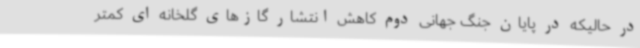
در حالیکه در پایان جنگ جهانی دوم کاهش انتشار گازهای گلخانه ای کمتر